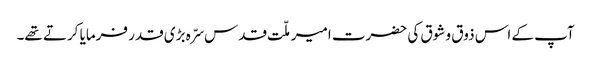
آپ کے اس ذوق و شوق کی حضرت امیر ملّت قدس سرّہ بڑی قدر فرمایا کرتے تھے۔